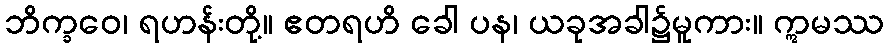
ဘိက္ခဝေ၊ ရဟန်းတို့။ ဧတရဟိ ခေါ ပန၊ ယခုအခါ၌မူကား။ ဣမဿ